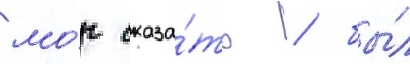
мо́г сказа́ть / бы́л